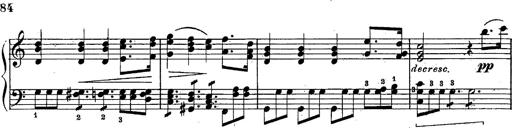
Title: Schubert's Impromptus [revised and edited by Franz Liszt]
Composer: Franz Liszt